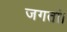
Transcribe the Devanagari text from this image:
जगतां।